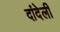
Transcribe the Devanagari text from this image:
दांदेली